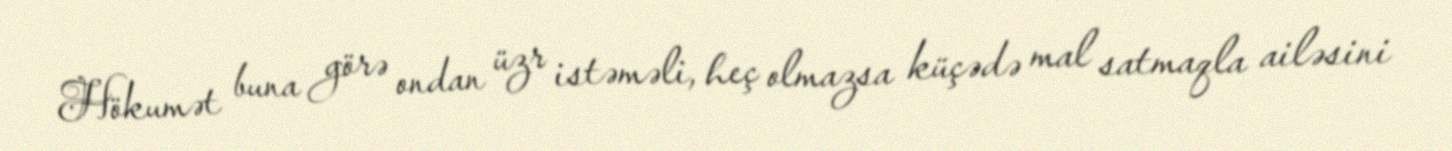
Hökumət buna görə ondan üzr istəməli, heç olmazsa küçədə mal satmaqla ailəsini